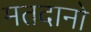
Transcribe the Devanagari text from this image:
मतदानो